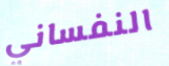
النفساني